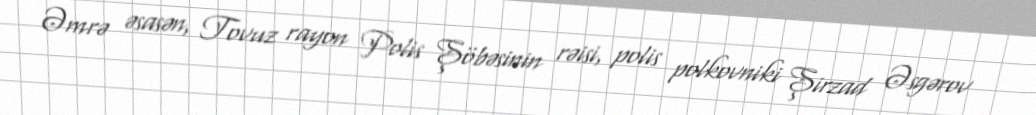
Əmrə əsasən, Tovuz rayon Polis Şöbəsinin rəisi, polis polkovniki Şirzad Əsgərov